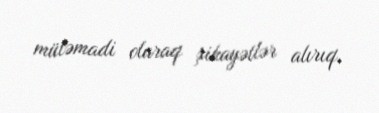
mütəmadi olaraq şikayətlər alırıq.